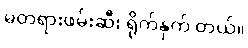
မတရားဖမ်းဆီး ရိုက်နှက် တယ်။